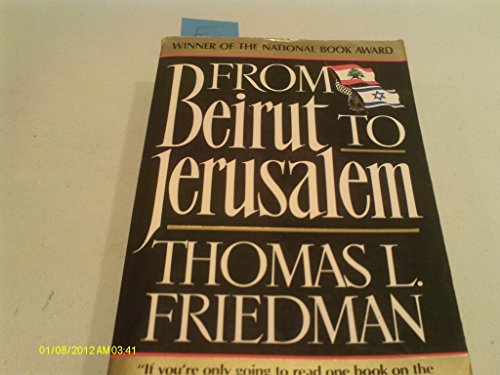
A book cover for From Beirut to Jerusalem; Thomas L. FRIEDMAN; History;